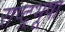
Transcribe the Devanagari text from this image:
राष्ट्रभूषा